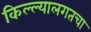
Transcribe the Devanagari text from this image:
किल्ल्यालगतचा